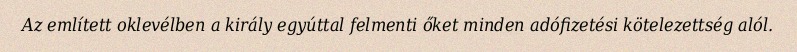
Az említett oklevélben a király egyúttal felmenti őket minden adófizetési kötelezettség alól.